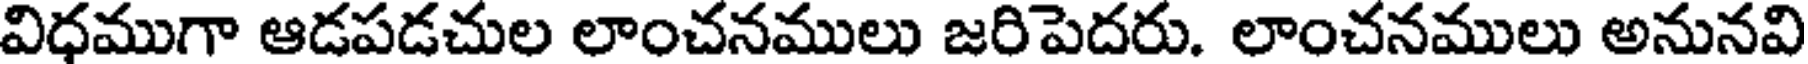
విధముగా ఆడపడచుల లాంచనములు జరిపెదరు. లాంచనములు అనునవి